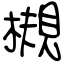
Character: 槻